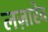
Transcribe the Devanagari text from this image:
लज़ारेव